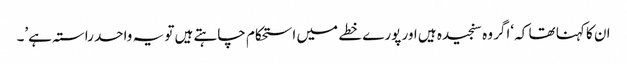
ان کا کہنا تھا کہ ‘اگر وہ سنجیدہ ہیں اور پورے خطے میں استحکام چاہتے ہیں تو یہ واحد راستہ ہے’۔